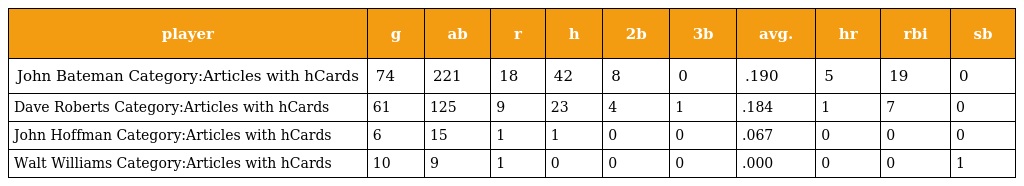
| player | g | ab | r | h | 2b | 3b | avg. | hr | rbi | sb |
 | --- | --- | --- | --- | --- | --- | --- | --- | --- | --- | --- |
 | John Bateman Category:Articles with hCards | 74 | 221 | 18 | 42 | 8 | 0 | .190 | 5 | 19 | 0 |
 | Dave Roberts Category:Articles with hCards | 61 | 125 | 9 | 23 | 4 | 1 | .184 | 1 | 7 | 0 |
 | John Hoffman Category:Articles with hCards | 6 | 15 | 1 | 1 | 0 | 0 | .067 | 0 | 0 | 0 |
 | Walt Williams Category:Articles with hCards | 10 | 9 | 1 | 0 | 0 | 0 | .000 | 0 | 0 | 1 |